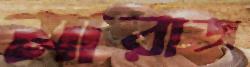
মারাজ